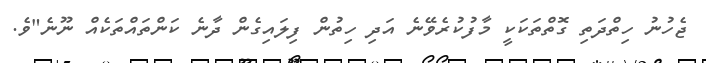
ޖެހުނު ހިތްދަތި ގޮތްތަކަކީ މާފުކުރެވޭނެ އަދި ހިތުން ފިލައިގެން ދާނެ ކަންތައްތަކެއް ނޫނެ"ވެ.